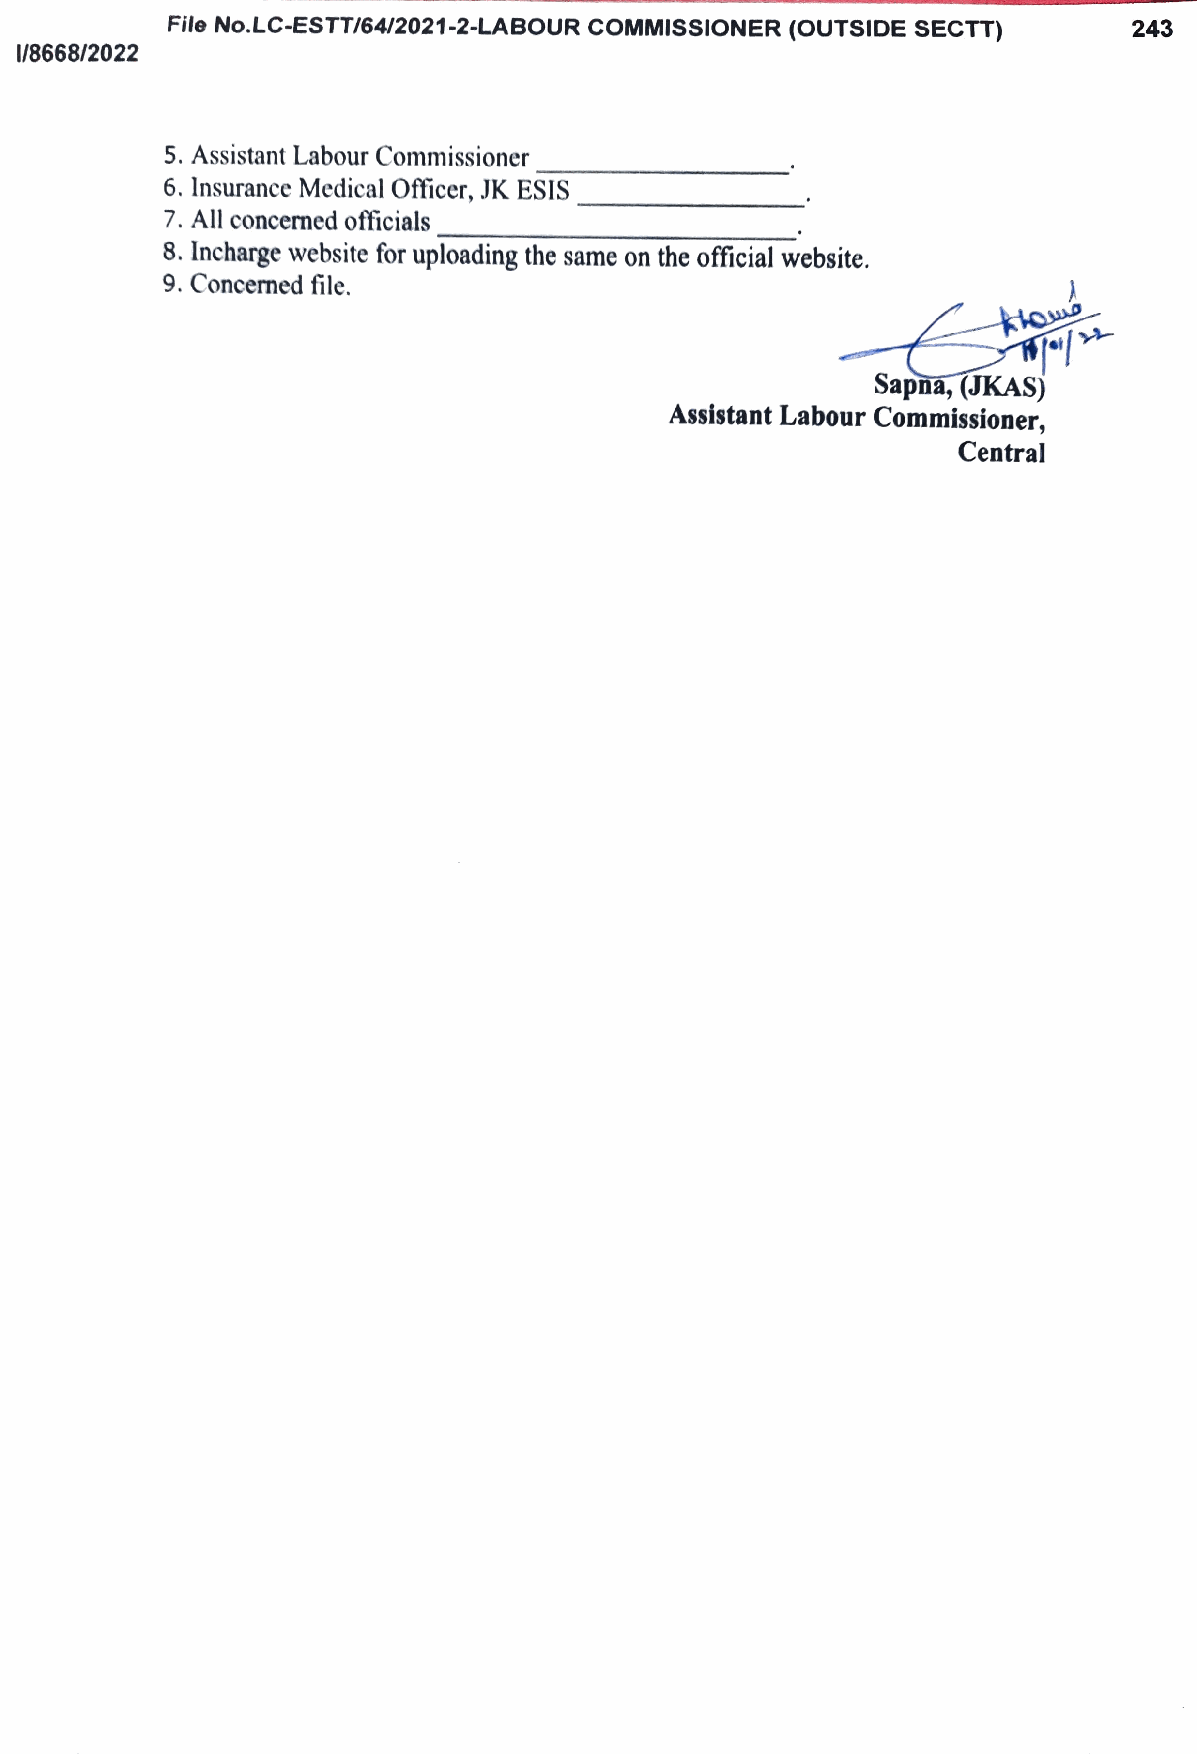
File No.LC-ESTT/64/2021-2-LABOUR cOMMISSIONER (OUTSIDE SECTT)   243
 /8668/2022
 5. Assistant Labour Commissioner
 6. Insurance Medical Officer,J K EsIs
 7. All concerned officials
 8. Incharge website for uploading the same on the official website.
 9. Concermed file.
 klou
 Sapna, (JKAS)
 Assistant Labour Commissioner,
 Central